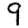
Digit: 9